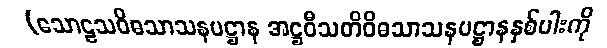
(သောဠသဝိဓသာသနပဋ္ဌာန အဋ္ဌဝီသတိဝိဓသာသနပဋ္ဌာနနှစ်ပါးကို